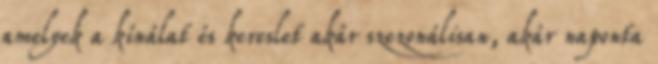
amelyek a kínálat és kereslet akár szezonálisan, akár naponta